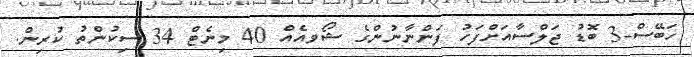
ހަބޭސް-3 ބޮޑު ޖަލްސާއަށްފަހު ފަންނާނުންގެ ޝޯވއެއް 40 މިނެޓް 34 ސިކުންތު ކުރިން.